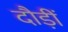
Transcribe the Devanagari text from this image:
दौड़ीं